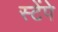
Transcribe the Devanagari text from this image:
स्टेंपे